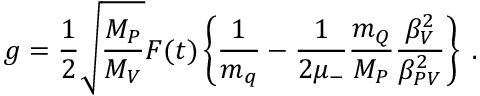
g = \frac { 1 } { 2 } \sqrt { \frac { M _ { P } } { M _ { V } } } F ( t ) \left\{ \frac { 1 } { m _ { q } } - \frac { 1 } { 2 \mu _ { - } } \frac { m _ { Q } } { M _ { P } } \frac { \beta _ { V } ^ { 2 } } { \beta _ { P V } ^ { 2 } } \right\} \; .